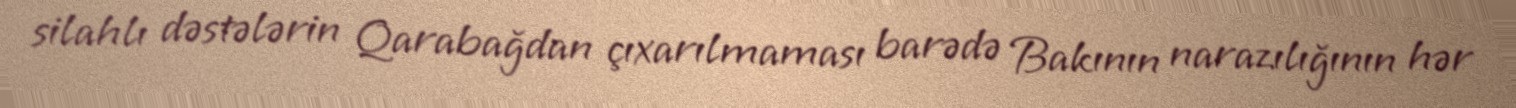
silahlı dəstələrin Qarabağdan çıxarılmaması barədə Bakının narazılığının hər